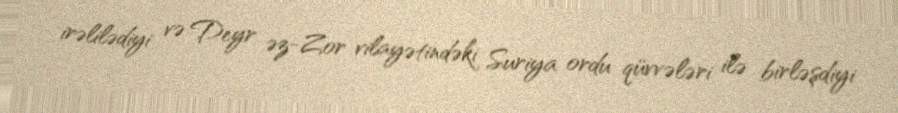
irəlilədiyi və Deyr əz-Zor vilayətindəki Suriya ordu qüvvələri ilə birləşdiyi